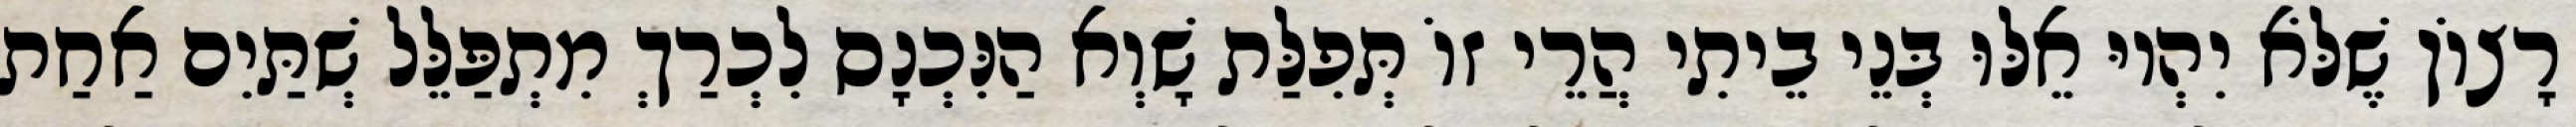
רָצוֹן שֶׁלֹּא יִהְיוּ אֵלּוּ בְּנֵי בֵיתִי הֲרֵי זוֹ תְּפִלַּת שָׁוְא הַנִּכְנָס לִכְרַךְ מִתְפַּלֵּל שְׁתַּיִם אַחַת